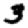
Digit: 3